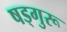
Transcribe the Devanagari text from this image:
षड्गुरू